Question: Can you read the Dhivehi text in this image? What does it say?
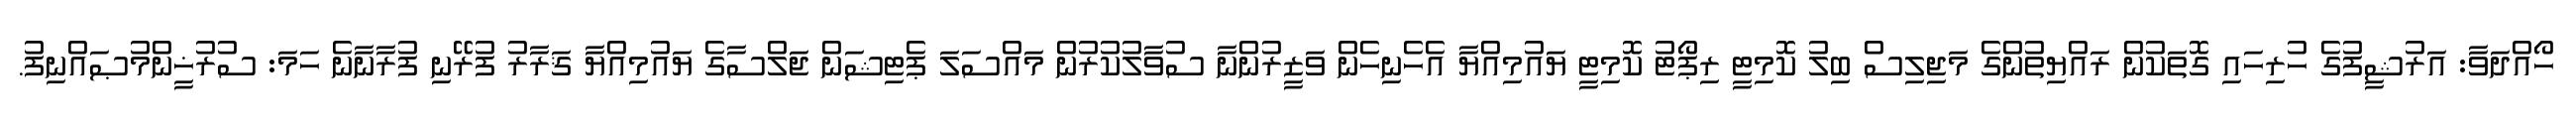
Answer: ހޯއްދަވާ: އަރުޝީފުގެ ހުރިހައި ގޮތަކުން ރައްޔިތުންގެ މަޖިލިސް ބިލު ކޮމިޓީ ރިޕޯޓު ކޮމިޓީ ޔައުމިއްޔާ އެހެނިހެން ވަޒީރުންނާ ސުވާލުކުރުން މައްސަލަ ޕެޓިޝަން ޖަލްސާގެ ޔައުމިއްޔާ ޤަރާރު ފުރޭނި ފުރާނާނެ ހަމަ: ސުރުޚީންމުޞައްނިފު.